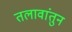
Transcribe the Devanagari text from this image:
तलावांतुन